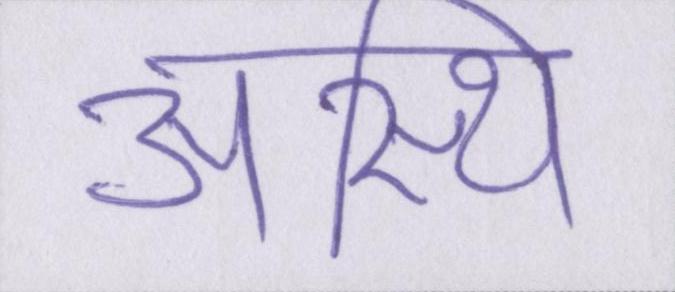
अस्थि